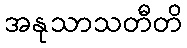
အနုသာသတီတိ